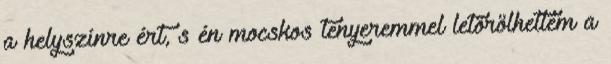
a helyszínre ért, s én mocskos tenyeremmel letörölhettem a